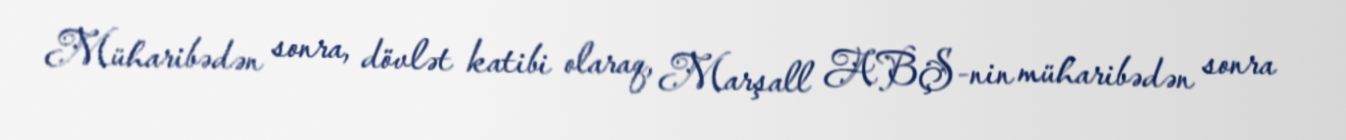
Müharibədən sonra, dövlət katibi olaraq, Marşall ABŞ-nin müharibədən sonra